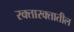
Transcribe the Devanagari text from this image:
रक्तारक्तातील